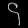
Digit: ၄